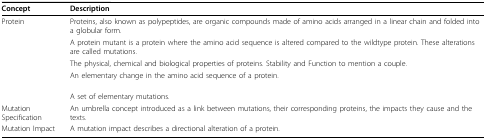
<table><thead><tr><td><b>Concept</b></td><td><b>Description</b></td></tr></thead><tbody><tr><td>Protein</td><td>Proteins, also known as polypeptides, are organic compounds made of amino acids arranged in a linear chain and folded into a globular form.</td></tr><tr><td>[EMPTY_CELL]</td><td>A protein mutant is a protein where the amino acid sequence is altered compared to the wildtype protein. These alterations are called mutations.</td></tr><tr><td>[EMPTY_CELL]</td><td>The physical, chemical and biological properties of proteins. Stability and Function to mention a couple.</td></tr><tr><td>[EMPTY_CELL]</td><td>An elementary change in the amino acid sequence of a protein.</td></tr><tr><td>[EMPTY_CELL]</td><td>A set of elementary mutations.</td></tr><tr><td>Mutation Specification</td><td>An umbrella concept introduced as a link between mutations, their corresponding proteins, the impacts they cause and the texts.</td></tr><tr><td>Mutation Impact</td><td>A mutation impact describes a directional alteration of a protein.</td></tr></tbody></table>